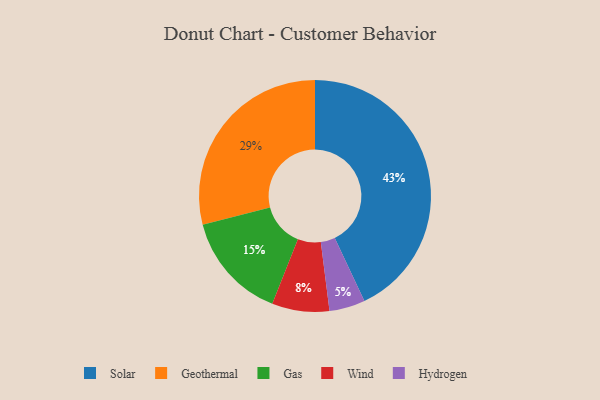
{"axis": {"x": "Category", "y": "Percentage"}, "legend": ["Gas", "Geothermal", "Hydrogen", "Solar", "Wind"], "data": [{"x": "Geothermal", "y": 29, "type": "Geothermal"}, {"x": "Hydrogen", "y": 5, "type": "Hydrogen"}, {"x": "Wind", "y": 8, "type": "Wind"}, {"x": "Gas", "y": 15, "type": "Gas"}, {"x": "Solar", "y": 43, "type": "Solar"}]}